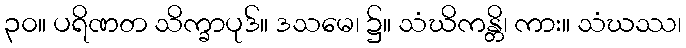
၃၀။ ပရိဏတ သိက္ခာပုဒ်။ ဒသမေ၊ ၌။ သံဃိကန္တိ၊ ကား။ သံဃဿ၊